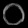
Digit: ၀